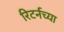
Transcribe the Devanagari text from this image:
रिटर्नच्या